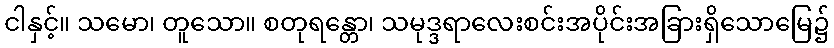
ငါနှင့်။ သမော၊ တူသော။ စတုရန္တော၊ သမုဒ္ဒရာလေးစင်းအပိုင်းအခြားရှိသောမြေ၌